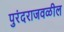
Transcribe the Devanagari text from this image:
पुरंदराजवळील